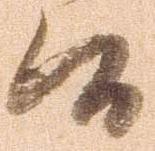
候